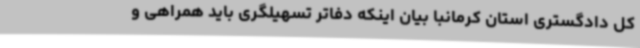
کل دادگستری استان کرمانبا بیان اینکه دفاتر تسهیلگری باید همراهی و